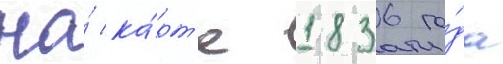
На́ ка́рт'е 1836 го́да